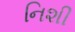
નિશી